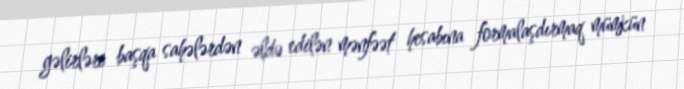
gəlirləri başqa sahələrdən əldə edilən mənfəət hesabına formalaşdırmaq mümkün